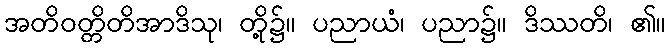
အတိဝတ္တိတိအာဒိသု၊ တို့၌။ ပညာယံ၊ ပညာ၌။ ဒိဿတိ၊ ၏။